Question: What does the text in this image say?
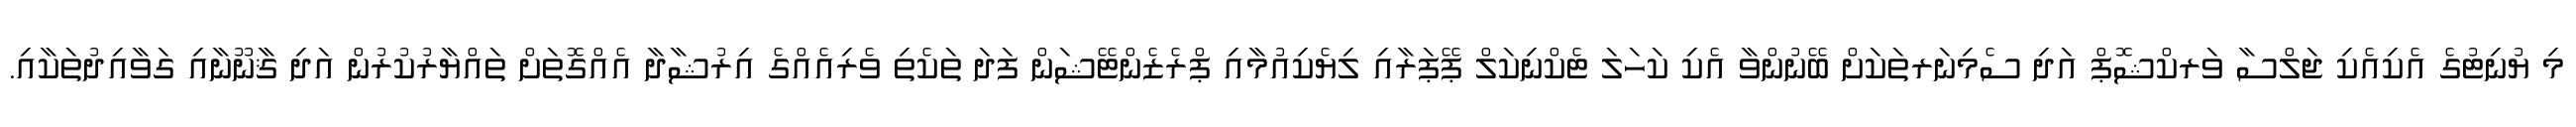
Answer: މި ޔުނިޓުގެ އެކިއެކި ޖަލްސާ ވަރކްޝޮޕް އަދި ސެމިނަރތަކަށް ބޭނުންވާ އެކި ކަހަލަ ޓެކްނިކަލް ޕޭޕަރާއި ލިޔެކިއުމާއި ޕްރެޒެންޓޭޝަން ފަދަ ތަކެތި ވެރިއެއްގެ އިރުޝާދާ އެއްގޮތަށް ތައްޔާރުކުރުން އަދި ޤާނޫނާއި ގަވާއިދުތަކާއި.